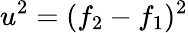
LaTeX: u^{2}=(f_{2}-f_{1})^{2}